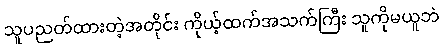
သူပညတ်ထားတဲ့အတိုင်း ကိုယ့်ထက်အသက်ကြီး သူကိုမယူဘဲ